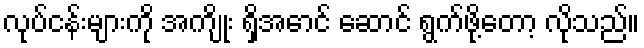
လုပ်ငန်းများကို အကျိုး ရှိအောင် ဆောင် ရွက်ဖို့တော့ လိုသည်။